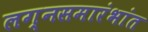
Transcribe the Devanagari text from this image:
लग्नसमारंभांत